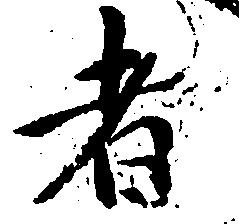
者